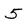
Character: 5